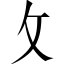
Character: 攵